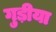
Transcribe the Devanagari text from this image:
गुड़ीया